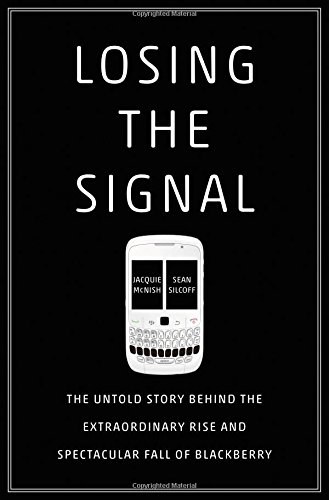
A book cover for Losing the Signal: The Untold Story Behind the Extraordinary Rise and Spectacular Fall of BlackBerry; Jacquie McNish; Engineering & Transportation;